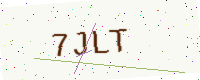
Text: 7JLT